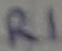
Text: R1